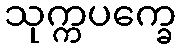
သုက္ကပက္ခေ